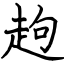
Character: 䞤